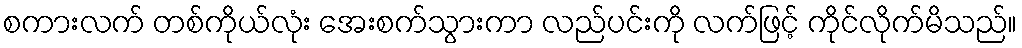
စကားလက် တစ်ကိုယ်လုံး အေးစက်သွားကာ လည်ပင်းကို လက်ဖြင့် ကိုင်လိုက်မိသည်။